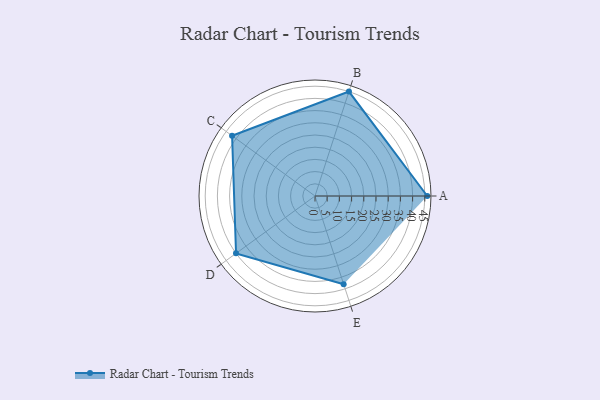
{"axis": {"x": "Skill", "y": "Score"}, "legend": ["Profile"], "data": [{"x": "A", "y": 46.0, "type": "Profile"}, {"x": "B", "y": 45.0, "type": "Profile"}, {"x": "C", "y": 42.0, "type": "Profile"}, {"x": "D", "y": 40.0, "type": "Profile"}, {"x": "E", "y": 38.0, "type": "Profile"}]}